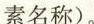
素名称)。